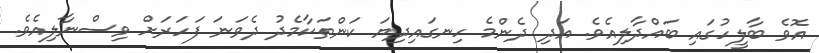
އޮވެ ބާލީހުގައި ބައްދާލިއެވެ. އަދި ދެންމެ ހިނގައިދިޔަ ކަންތަކާމެދު ދެވަނަ ފަހަރަށް ވިސްނާލިއެވެ.